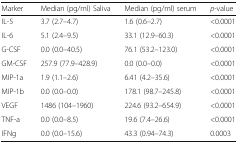
<table><thead><tr><td><b>Marker</b></td><td><b>Median (pg/ml) Saliva</b></td><td><b>Median (pg/ml) serum</b></td><td><b><i>p</i>-value</b></td></tr></thead><tbody><tr><td>IL-5</td><td>3.7 (2.7–4.7)</td><td>1.6 (0.6–2.7)</td><td>&lt;0.0001</td></tr><tr><td>IL-6</td><td>5.1 (2.4–9.5)</td><td>33.1 (12.9–60.3)</td><td>&lt;0.0001</td></tr><tr><td>G-CSF</td><td>0.0 (0.0–40.5)</td><td>76.1 (53.2–123.0)</td><td>&lt;0.0001</td></tr><tr><td>GM-CSF</td><td>257.9 (77.9–428.9)</td><td>0.0 (0.0–0.0)</td><td>&lt;0.0001</td></tr><tr><td>MIP-1a</td><td>1.9 (1.1–2.6)</td><td>6.41 (4.2–35.6)</td><td>&lt;0.0001</td></tr><tr><td>MIP-1b</td><td>0.0 (0.0–0.0)</td><td>178.1 (98.7–245.8)</td><td>&lt;0.0001</td></tr><tr><td>VEGF</td><td>1486 (104–1960)</td><td>224.6 (93.2–654.9)</td><td>&lt;0.0001</td></tr><tr><td>TNF-a</td><td>0.0 (0.0–8.5)</td><td>19.6 (7.4--26.6)</td><td>&lt;0.0001</td></tr><tr><td>IFNg</td><td>0.0 (0.0–15.6)</td><td>43.3 (0.94–74.3)</td><td>0.0003</td></tr></tbody></table>